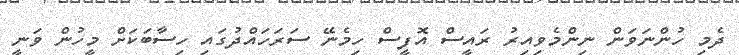
ދެމި ހުންނަވަން ނިންމެވިއިރު ރައީސް އޮފީސް ހިމެނޭ ސަރަހައްދުގައި ހިސާބަކަށް މީހުން ވަނީ